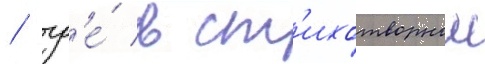
/ гд'е́ в ст'ихотворнои